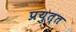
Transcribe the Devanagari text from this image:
प्रयुत्त